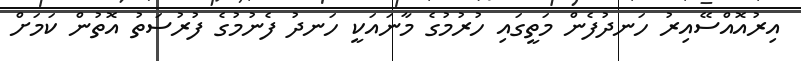
އިރުއޮއްސޭއިރު ހަނދުފެން މަތީގައި ހުރުމުގެ މާނައަކީ ހަނދު ފެނުމުގެ ފުރުސަތު އޮތުން ކަމަށް